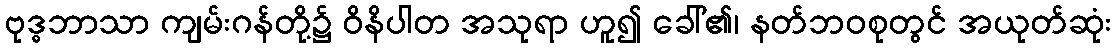
ဗုဒ္ဓဘာသာ ကျမ်းဂန်တို့၌ ဝိနိပါတ အသုရာ ဟူ၍ ခေါ်၏၊ နတ်ဘဝစုတွင် အယုတ်ဆုံး